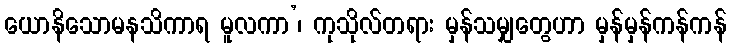
ယောနိသောမနသိကာရ မူလကာ’၊ ကုသိုလ်တရား မှန်သမျှတွေဟာ မှန်မှန်ကန်ကန်